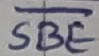
Text: SBE